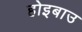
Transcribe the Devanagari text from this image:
होइबाउ